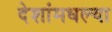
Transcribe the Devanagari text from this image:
देशांमधल्या